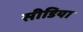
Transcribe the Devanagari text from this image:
सीडिया